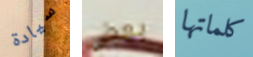
سيادة بعض كلماتها